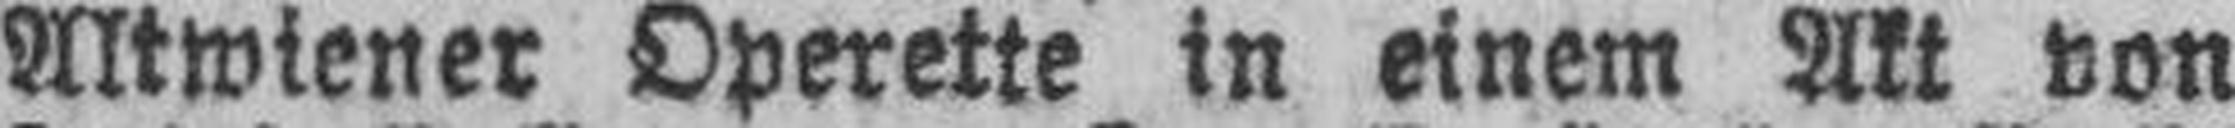
Altwiener Operette in einem Akt von